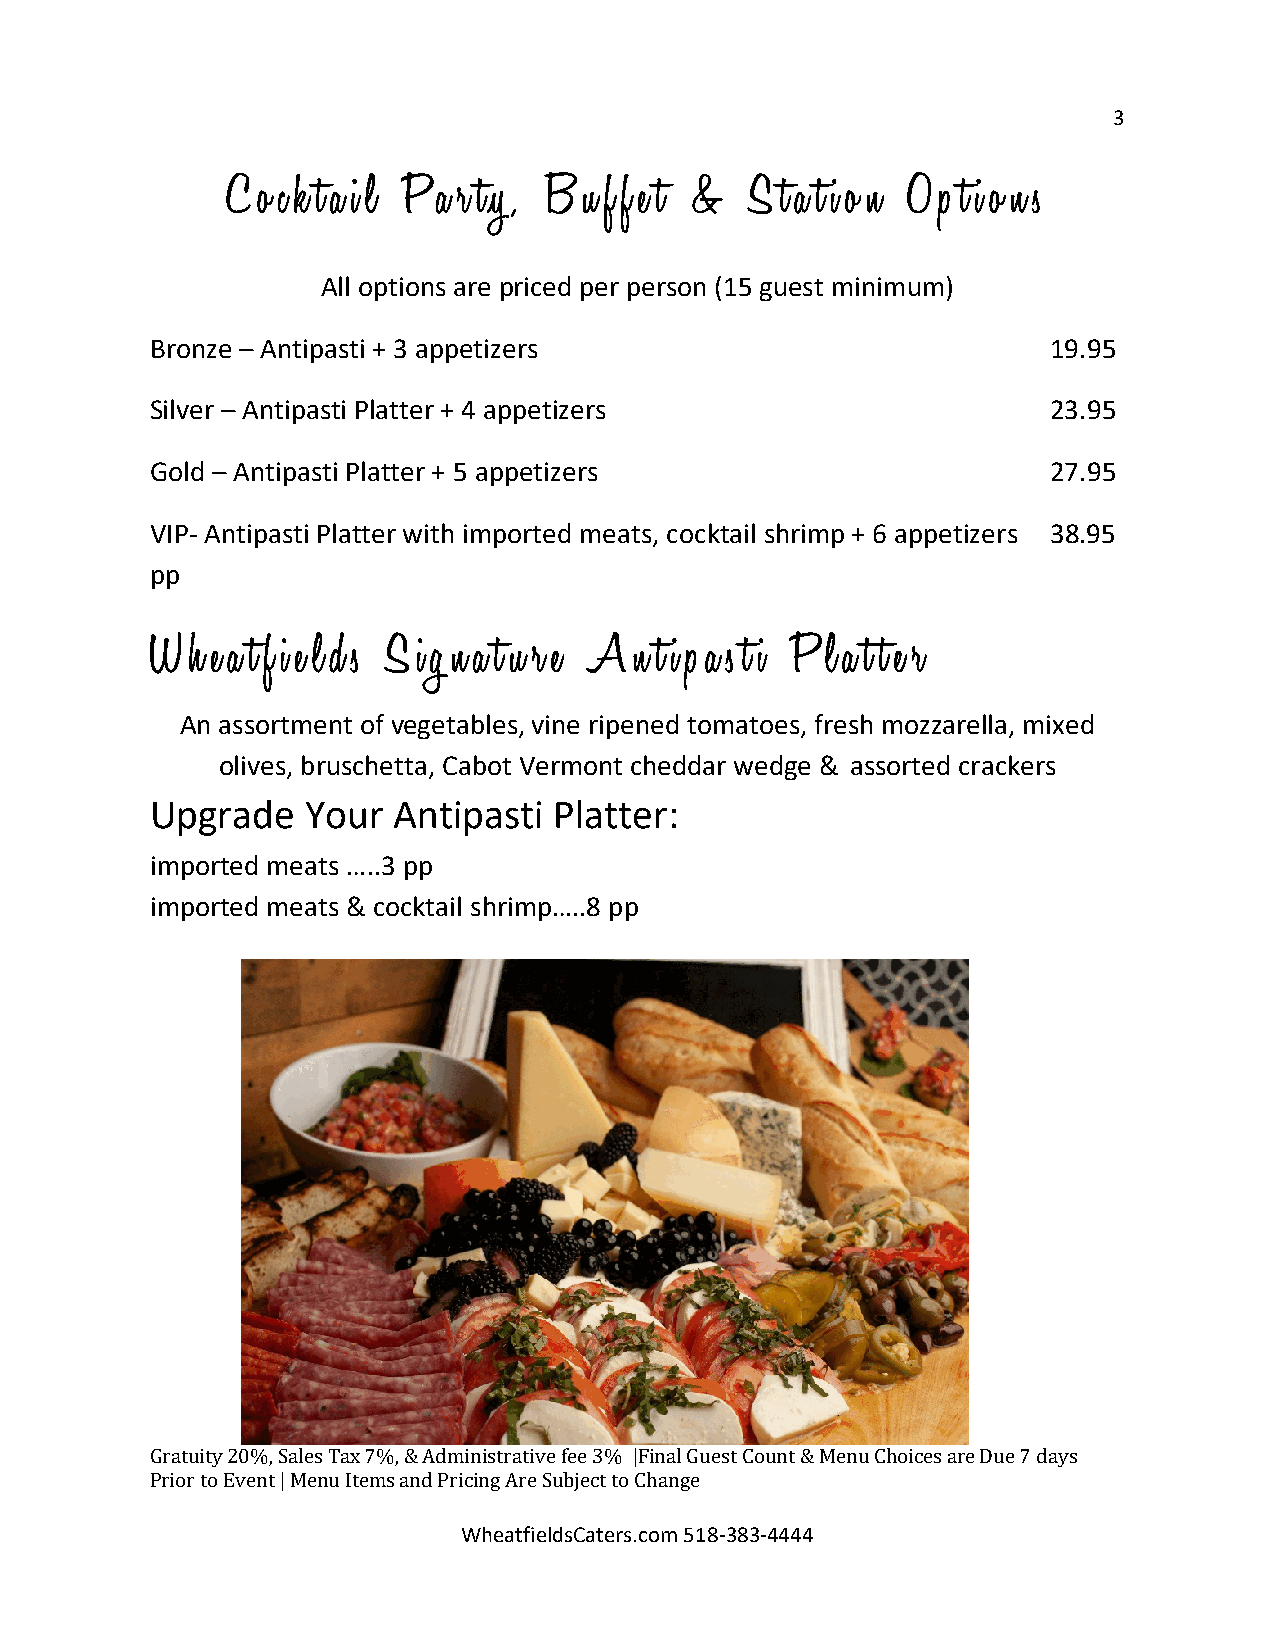
3
 C o c k t a i l P a r t y, B u f f e t & S t a t i o n O p t i o n s
 All options are priced per person (15 guest minimum)
 Bronze – Antipasti + 3 appetizers                           19.95
 Silver – Antipasti Platter + 4 appetizers                   23.95
 Gold – Antipasti Platter + 5 appetizers                     27.95
 VIP- Antipasti Platter with imported meats, cocktail shrimp + 6 appetizers 38.95
 pp
 W h e a t f i e l d s S i g n a t u r e A n t i p a s t i P l a t t e r
 An assortment of vegetables, vine ripened tomatoes, fresh mozzarella, mixed
 olives, bruschetta, Cabot Vermont cheddar wedge & assorted crackers
 Upgrade   Your  Antipasti  Platter:
 imported meats …..3 pp
 imported meats & cocktail shrimp…..8 pp
 G ratuity 20%, Sales Tax 7%, & Administrative fee 3% |Final Guest Count & Menu Choices are Due 7 days
 Prior to Event | Menu Items and Pri Wcin hg
 e
 aA tr fe
 ie
 S ldub sCje ac tt
 e
 t ro
 s
 .C ch oa mn g 5e
 1 8 -383-4444